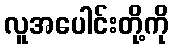
လူအပေါင်းတို့ကို